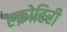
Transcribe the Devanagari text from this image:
एक्रोटिरी